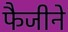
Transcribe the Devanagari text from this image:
फैजीने